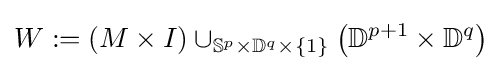
W:=(M\times I)\cup _{\mathbb {S} ^{p}\times \mathbb {D} ^{q}\times \{1\}}\left(\mathbb {D} ^{p+1}\times \mathbb {D} ^{q}\right)